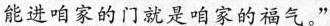
能进咱家的门就是咱家的福气。”